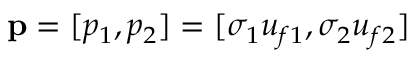
\mathbf { p } = [ p _ { 1 } , p _ { 2 } ] = [ \sigma _ { 1 } u _ { f 1 } , \sigma _ { 2 } u _ { f 2 } ]